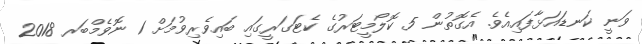
ވަނީ ކަނޑައަޅާފައިއެވެ. އެގޮތުން 5 ކޮލޯމީޓަރުގެ ކެޓަގަރީގައި ބައިވެރިވުމަށް 1 ނޮވެމްބަރ 2018